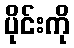
ပိုင်းကို